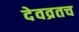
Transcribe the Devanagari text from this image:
देवव्रतच